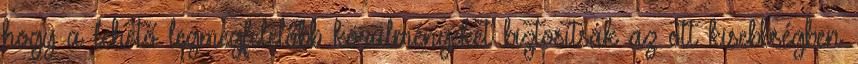
hogy a lehető legmegfelelőbb körülményeket biztosítsák az ott kisebbségben